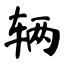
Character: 辆